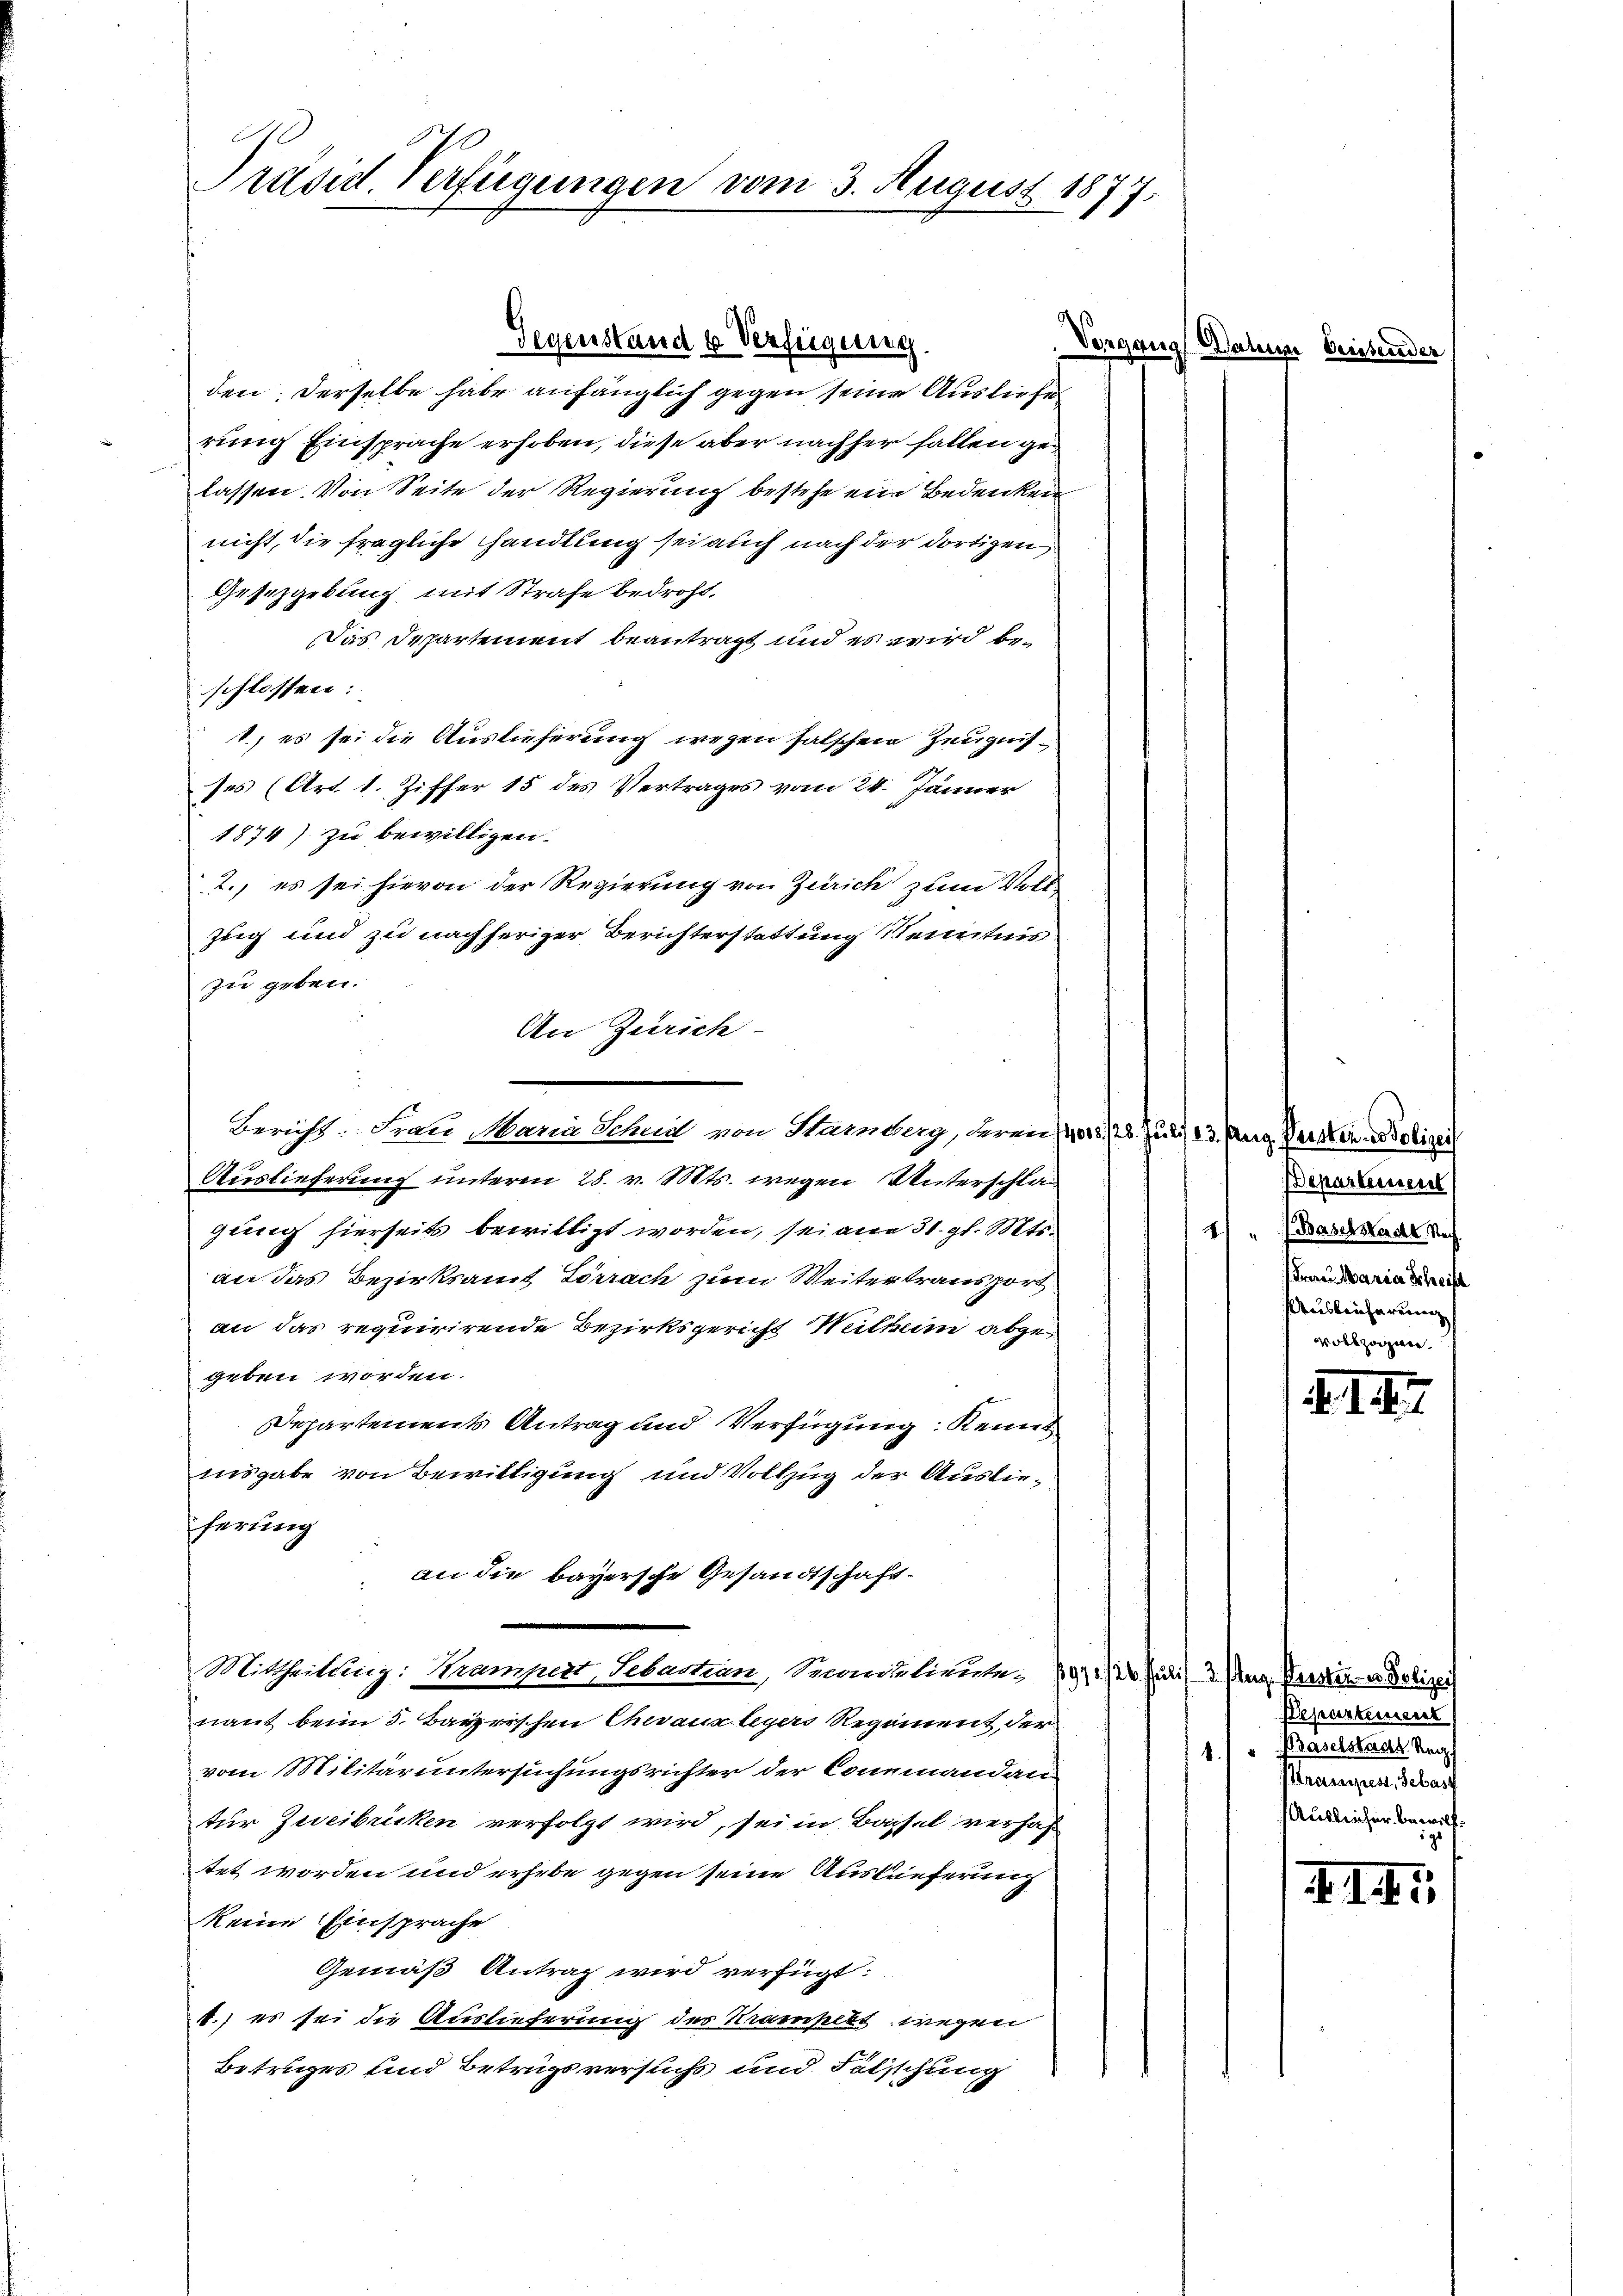
Präsid. Verfügungen vom 3. August 1877,

An Zürich

Dorgang
Gegenstand u Verfügung.

den; derselbe habe anfänglich gegen seine Ausliefe
rung Einsprache erhoben, diese aber nachher fallen gelassen. Von Seite der Regierung bestehe eine Bedenken
nicht, die fragliche Handlung sei auch nach der dortigen
Gesetzgebung mit Strafe bedroht.
Das Departement beantragt und es wird beschlossen:
1.) es sei die Auslieferung wegen falschen Zeugnisses (Art. 1. Ziffer 15 des Vertrages vom 24. Jänner
1874) zu bewilligen.
2., es sei hievon der Regierung von Zürich zum Voll
Zug und zu nachheriger Berichterstattung Kenntnis
zu geben.
Auslieferung unterm 28. v. Mts. wegen Unterschlagung hierseits bewilligt worden, sei am 31. gl. Mts.
an das Bezirksamt Lörrach zum Weitertransport
an das requirirende Bezirksgericht Weilkun abgegeben worden.
Departements Antrag und Verfügung Kennt
nisgabe von Bewilligung und Vollzug der Ausliescherung
an die bayersche Gesandtschaft¬
Mittheilung: Krampert, Sebastian, Sonderlieute 9 1/2 Kr. (3. Aug. Wasserer Polizei
nant beim 5. Bayerschen Chevaux legers Regiment der
vom Militär untersuchungsrichter der Coneinandan
tur Zweibücken verfolgt wird, sei in Basel verhaf
tet worden und erhebe gegen seine Auslieferung
keine Einsprache
Gemäß Antrag wird verfügt:
1.) es sei die Auslieferung des Krampels wegen
Betruges und Betrugsversuchs und Felschung

Bericht: Frau Maria Scheid von Harnberg, deren 14013./26. Juli 13. Aug. Versten Polizei

6

Des

Departement
21. Baselstadt Nach
Frau Maria Schrift
Ausleicherung
vollzogen.

d. d. d.

Departement
1.) “ Baselstaar Reg
Kraussprest, Sebast
Ausliefer bewill¬

I. I. I